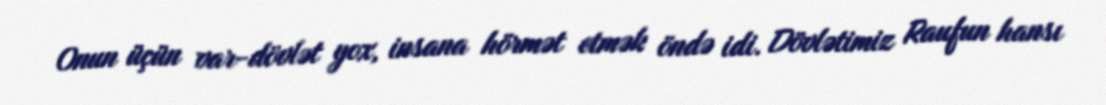
Onun üçün var-dövlət yox, insana hörmət etmək öndə idi. Dövlətimiz Raufun hansı